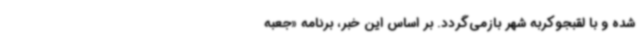
شده و با لقبجوکربه شهر بازمی‌گردد. بر اساس این خبر، برنامه «جعبه